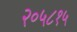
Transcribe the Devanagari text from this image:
२०५८१५